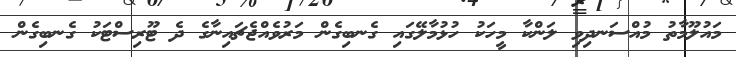
މައުލޫމާތު މުއްސަނދިވި ލަންކާ މީހަކު ހުޅުމާލޭގައި ގެނބިގެން މަރުވެއްޖެޗައިނާގެ ދެ ޓޫރިސްޓަކު ގެނބިގެން